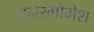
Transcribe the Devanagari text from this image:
एनेरगोमेश